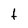
Character: t